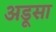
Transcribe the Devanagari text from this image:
अडूसा